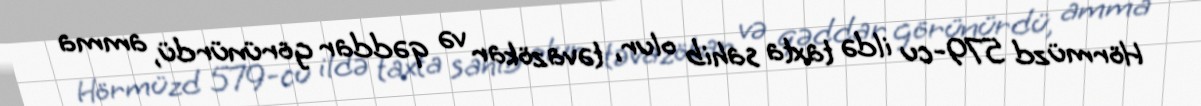
Hörmüzd 579-cu ildə taxta sahib olur, təvazökar və qəddar görünürdü, amma